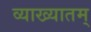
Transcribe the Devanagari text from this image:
व्याख्यातम्